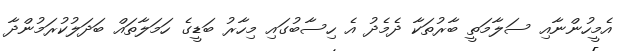
އެމީހުންނާއި ސަލާމަތީ ބާރުތަކާ ދެމެދު އެ ހިސާބުގައި މިހާރު ބަޑީގެ ހަމަލާތައް ބަދަލުކުރަމުންދާ